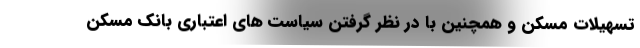
تسهیلات مسکن و همچنین با در نظر گرفتن سیاست های اعتباری بانک مسکن